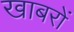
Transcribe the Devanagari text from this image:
खाबरों